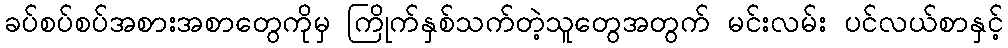
ခပ်စပ်စပ်အစားအစာတွေကိုမှ ကြိုက်နှစ်သက်တဲ့သူတွေအတွက် မင်းလမ်း ပင်လယ်စာနှင့်